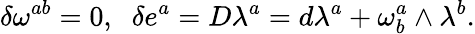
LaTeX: \delta\omega^{ab}=0,\; \; \delta e^{a}=D\lambda^{a}=d\lambda^{a}+\omega_{b}^{a}\wedge\lambda^{b}.